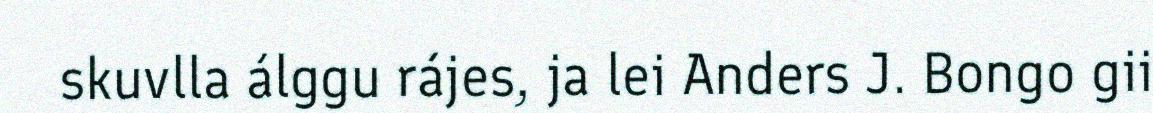
skuvlla álggu rájes, ja lei Anders J. Bongo gii